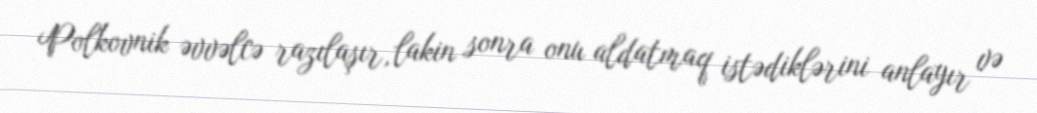
Polkovnik əvvəlcə razılaşır, lakin sonra onu aldatmaq istədiklərini anlayır və